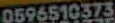
0596510373